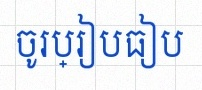
ចូរប្រៀបធៀប